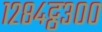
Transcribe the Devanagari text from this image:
१२८४ट्ठ३००